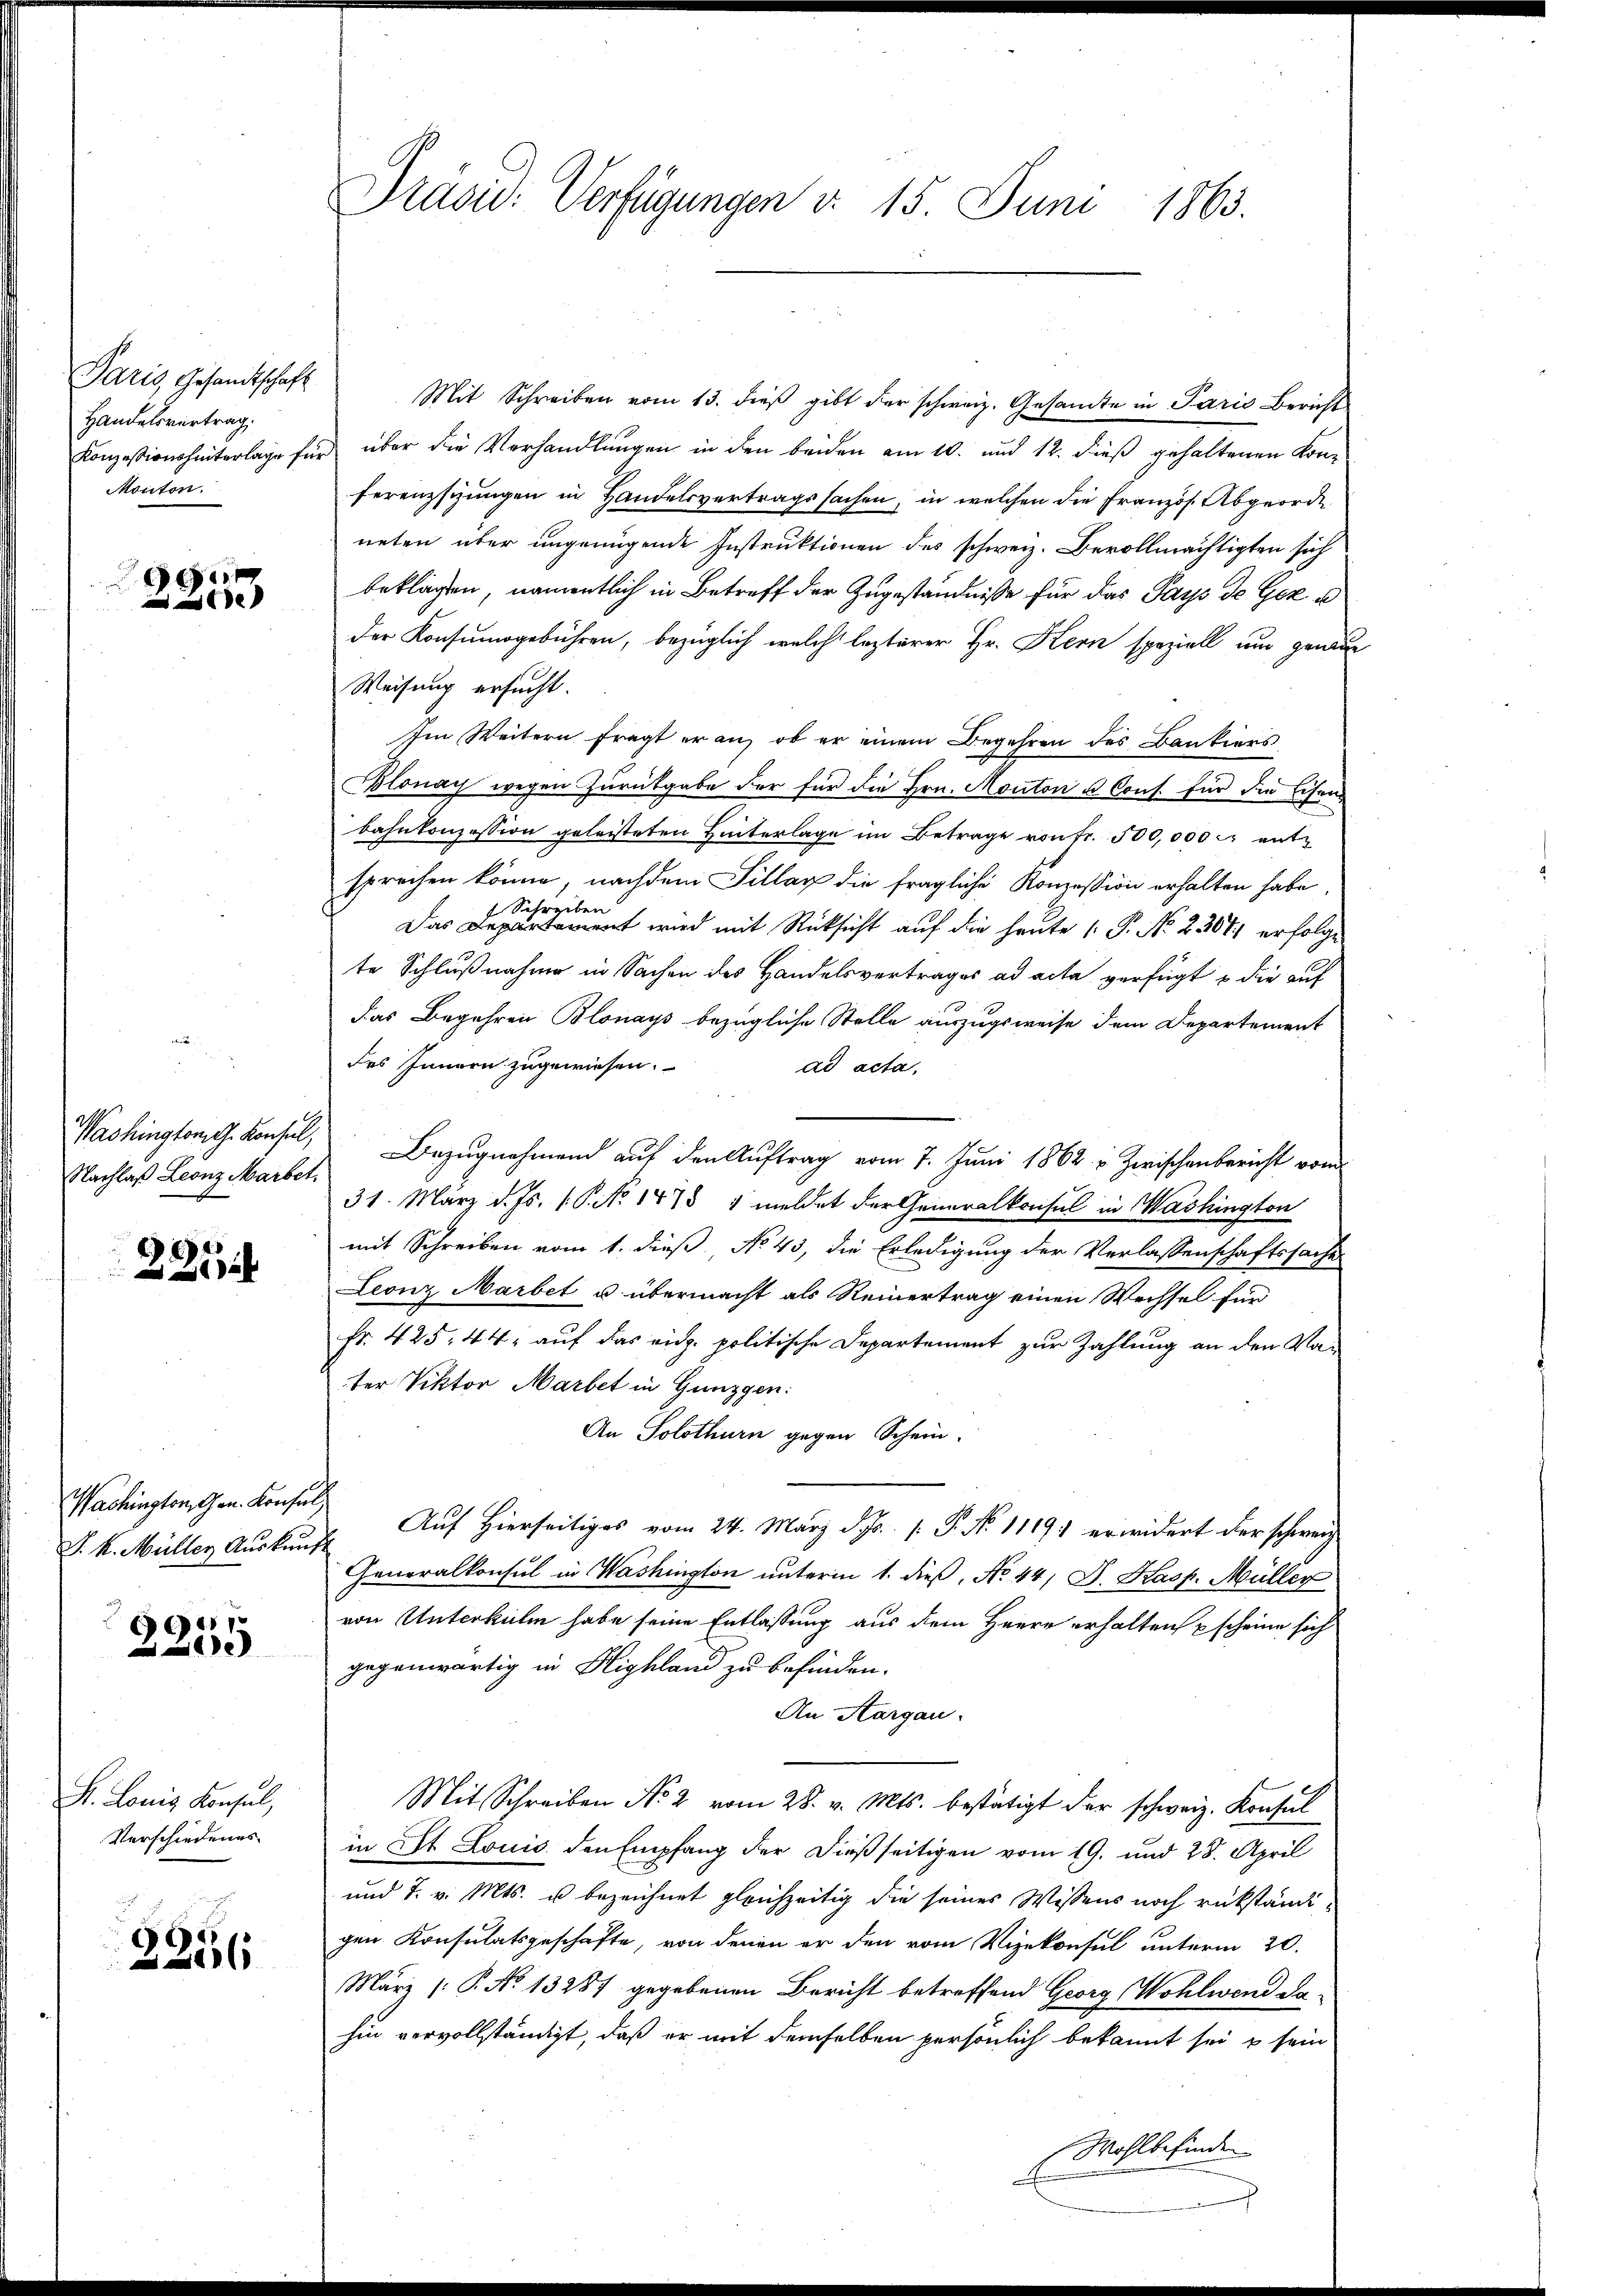
Paris, Gesandtschaft
Handelsvertrag.
Monton.

1
u
 e

Nachlaß Leonz Marbet

2254

Washington, Gen. Konsul
P. k. Müller Auskun

1
e

S. Louis Konsul,
Verschiedenes

2256

Präsid. Verfügungen d. 15. Juni 1863.

Mit Schreiben vom 13. dieß gibt der schweiz. Gesamte in Paris Bericht
Konzession hinterlage für über die Verhandlungen in den beiden am 10. und 12. dieß gehaltenen Konferenzsizungen in Handelsvertragssachen, in welchen die Französ. Abgeorde
neten über ungenügende Instruktionen des schweiz. Bevollmächtigten sich
beklagen, namentlich in Betreff der Zugeständnisse für das Pays de Geze
der Konsumsgebühren, bezüglich welch lezterer Hr. Kern speziell um genaue
Weisung ersucht.
Im Weitern fragt er an, ob er einem Begehren des Bankiers
Blonay wegen Zurückgabe der für die Hrn. Monton u. Cons. für die Eisens
bahnkonzession geleisteten Hinterlage im Betrage von Fr. 500,000 er entsprechen könne, nachdem Sillag die fragliche Konzession erhalten habe
Schreiben
Das Departerient wird mit Rücksicht auf die heute P. No. 23071 erfolge
te Schlußnahme in Sachen des Handelsvertrages ad acta verfügt u die auf
das Begehren Blonays bezügliche Stelle auszugsweise dem Departement
des Innern zugewiesen.
ad acta,
Washington Konsul, Bezugnahmend auf den Auftrag vom 7. Juni 1862 u. Zwischenbericht vom
31. März d. Js. 1. P. No 1878 1 meldet der Generalkonsul in Washington
mit Schreiben vom 1. dieß, No 43, die Erledigung der Verlassenschaftssache
Leonz Marbet u. übermacht als Reinertrag einen Wechsel für
Fr. 425, 44, auf das eid. politische Departement zur Zahlung an den Vater Viktor Marbet in Gunzgen:
An Solothurn gegen Schein.
G.
 Auf Hierseitiges vom 24. März d. Js. [ P. No 11191 erwidert der schweiz
Generalkonsul in Washington unterm 1. dieß, No 44 J. Kasp. Müller
von Unterkulm habe seine Entlassung aus dem Herrn erhalten pscheine sich
gegenwärtig in Highland zu befinden.
An Aargau.
Mit Schreiben No 2 vom 28. v. Mts. bestätigt der schweiz. Konsul
in St. Louis den Empfang der dießseitigen vom 19. und 28. April
und 7. v. Mts. u bezeichnet gleichzeitig die seines Wissens noch rükständigen Konsulatsgeschäfte, von denen er den vom Vizekonsul unterm 20.
März (P. No 13287 gegebenen Bericht betreffend Georg Wohlwend dahin vervollständigt, daß er mit demselben persönlich bekannt sei, u sein
Wohlbefinden